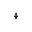
^ \dagger